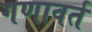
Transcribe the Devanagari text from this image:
गणावर्त